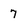
Character: 7